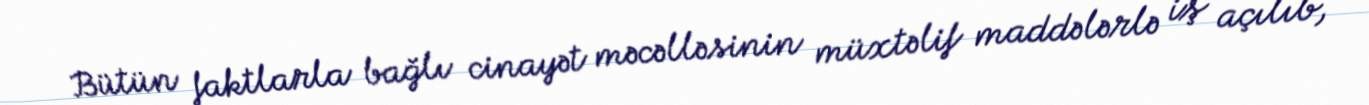
Bütün faktlarla bağlı cinayət məcəlləsinin müxtəlif maddələrlə iş açılıb,